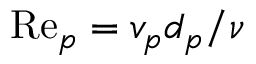
\mathrm { R e } _ { p } = v _ { p } d _ { p } / \nu